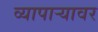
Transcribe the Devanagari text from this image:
व्यापाऱ्यावर